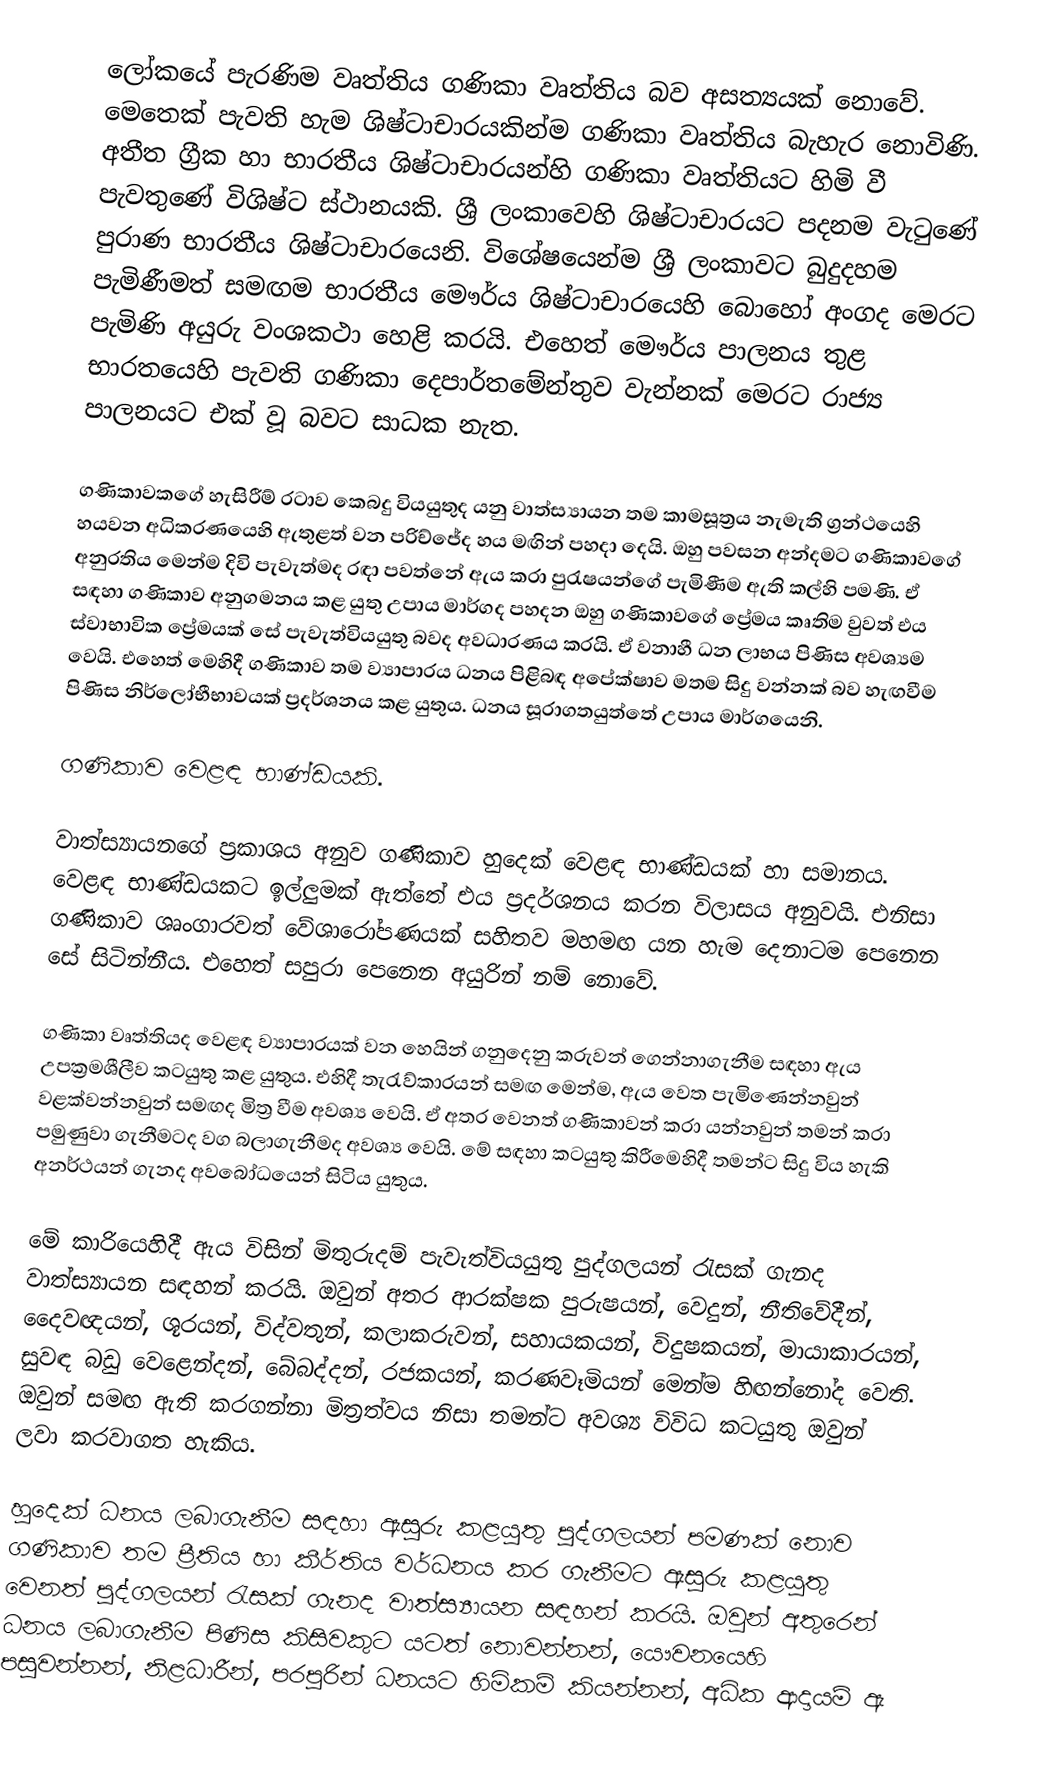
ලෝකයේ පැරණිම වෘත්තිය ගණිකා වෘත්තිය බව අසත්‍යයක් නො‍‍වේ. මෙතෙක් පැවති හැම ශිෂ්ටාචාරයකින්ම ගණිකා වෘත්තිය බැහැර නොවිණි. අතීත ග්‍රීක හා භාරතීය ශිෂ්ටාචාරයන්හි ගණිකා වෘත්තියට හිමි වී පැවතුණේ විශිෂ්ට ස්ථානයකි. ශ්‍රී ලංකාවෙහි ශිෂ්ටාචාරය‍ට පදනම වැටුණේ පුරාණ භාරතීය ශිෂ්ටාචාරයෙනි. විශේෂයෙන්ම ශ්‍රී ලංකාවට බුදුදහම පැමිණීමත් සමඟම භාරතීය මෞර්ය ශිෂ්ටාචාර‍යෙහි බොහෝ අංගද මෙරට පැමිණි අයුරු වංශකථා හෙළි කරයි. එහෙත් මෞර්ය පාලනය තුළ භාරතයෙහි පැවති ගණිකා දෙපාර්ත‍මේන්තුව වැන්නක් මෙරට රාජ්‍ය පාලනයට එක් වූ බවට සාධක නැත.

ගණිකාවකගේ හැසිරීම් රටාව කෙබදු වියයුතුද යනු වාත්ස්‍යායන තම කාමසූත්‍රය නැමැති ග්‍රන්ථයෙහි හයවන අධිකරණයෙහි ඇතුළත් වන පරිච්ජේද හය මඟින් පහදා දෙයි. ඔහු පවසන අන්දමට ගණිකාවගේ අනුරතිය මෙන්ම දිවි පැවැත්මද රඳා පවත්නේ ඇය කරා පුරැෂයන්ගේ පැමිණීම ඇති කල්හි පමණි. ඒ සඳහා ගණිකාව අනුගමනය කළ යුතු උපාය මාර්ගද පහදන ඔහු ගණිකාවගේ ප්‍රේමය කෘතිම වුවත් එය ස්වාභාවික ප්‍රේමයක් සේ පැවැත්වියයුතු බවද අවධාරණය කරයි. ඒ වනාහී ධන ලාභය පිණිස අවශ්‍යම වෙයි. එහෙත් මෙහිදී ගණිකාව තම ව්‍යාපාරය ධනය පිළිබඳ අපේක්ෂාව මතම සිදු වන්නක් බව හැඟවීම පිණිස නිර්ලෝභීභාවයක් ප්‍රදර්ශනය කළ යුතුය. ධනය සූරාගතයුත්තේ උපාය මාර්ගයෙනි.

ගණිකාව වෙළඳ භාණ්ඩයකි.

	වාත්ස්‍යායනගේ ප්‍රකාශය අනුව ගණිකාව හුදෙක් වෙළඳ භාණ්ඩයක් හා සමානය. වෙළඳ භාණ්ඩයකට ඉල්ලුමක් ඇත්තේ එය ප්‍රදර්ශනය කරන විලාසය අනුවයි. එනිසා ගණිකාව ශෘංගාරවත් වේශාරෝපණයක් සහිතව මහමඟ යන හැම දෙනාටම පෙනෙන සේ සිටින්නීය. එහෙත් සපුරා පෙනෙන අයුරින් නම් නොවේ.

ගණිකා වෘත්තියද වෙළඳ ව්‍යාපාරයක් වන හෙයින් ගනුදෙනු කරුවන් ගෙන්නාගැනීම සඳහා ඇය උපක්‍රමශීලීව කටයුතු කළ යුතුය. එහිදී තැරැව්කාරයන් සමඟ මෙන්ම, ඇය වෙත පැමිණෙන්නවුන් වළක්වන්නවුන් සමඟද මිත්‍ර වීම අවශ්‍ය වෙයි. ඒ අතර වෙනත් ගණිකාවන් කරා යන්නවුන් තමන් කරා පමුණුවා ගැනීමටද වග බලාගැනීමද අවශ්‍ය වෙයි. මේ සඳහා කටයුතු කිරීමෙහිදී තමන්ට සිදු විය හැකි අනර්ථයන් ගැනද අවබෝධයෙන් සිටිය යුතුය.

මේ කාරියෙහිදී ඇය විසින් මිතුරුදම් පැවැත්වියයුතු පුද්ගලයන් රැසක් ගැනද වාත්ස්‍යායන සඳහන් කරයි. ඔවුන් අතර ආරක්ෂක පුරුෂයන්, වෙදුන්, නීතිවේදීන්, දෛවඥයන්, ශූරයන්, විද්වතුන්, කලාකරුවන්, සහායකයන්, විදුෂකයන්, මායාකාරයන්, සුවඳ බඩු වෙළෙන්දන්, බේබද්දන්, රජකයන්, කරණවෑමියන් මෙන්ම හිඟන්නෝද වෙති. ඔවුන් සමඟ ඇති කරගන්නා මිත්‍රත්වය නිසා තමන්ට අවශ්‍ය විවිධ කටයුතු ඔවුන් ලවා කරවාගත හැකිය.

හුදෙක් ධනය ලබාගැනීම සඳහා ඇසුරු කළයුතු පුද්ගලයන් පමණක් නොව ගණිකාව තම ප්‍රීතිය හා  කීර්තිය වර්ධනය කර ගැනීමට ඇසුරු කළයුතු වෙනත් පුද්ගලයන් රැසක් ගැනද වාත්ස්‍යායන සඳහන් කරයි. ඔවුන් අතුරෙන් ධනය ලබාගැනීම පිණිස කිසිවකුට යටත් නොවන්නන්, යෞවනයෙහි පසුවන්නන්, නිළධාරීන්, පරපුරින් ධනයට හිමිකම් කියන්නන්, අධික ආදායම් ඇ